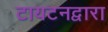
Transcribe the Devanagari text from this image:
टायटनद्वारा